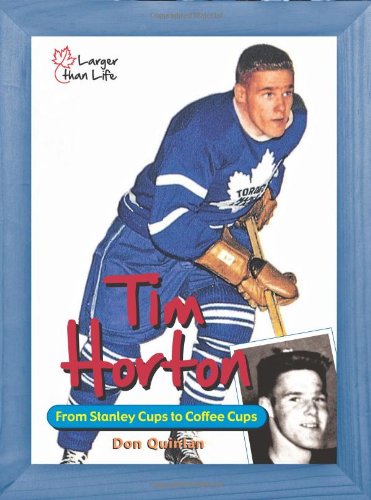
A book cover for Tim Horton: From Stanley Cups to Coffee Cups (Larger Than Life); David Quinlan; Biographies & Memoirs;